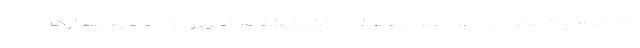
یک تیم لیگ برتری به طور غیرمنصفانه‌ای تشکیلات فوتبال و بخصوص ایفمارک